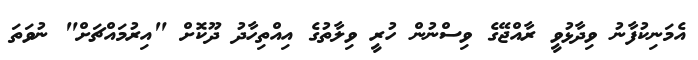
އެމަނިކުފާނު ވިދާޅުވީ ރާއްޖޭގެ ވިސްނުން ހުރީ ވިލާތުގެ އިއްތިހާދު ދޫކޮށް "އިރުމައްޗަށް" ނުވަތަ